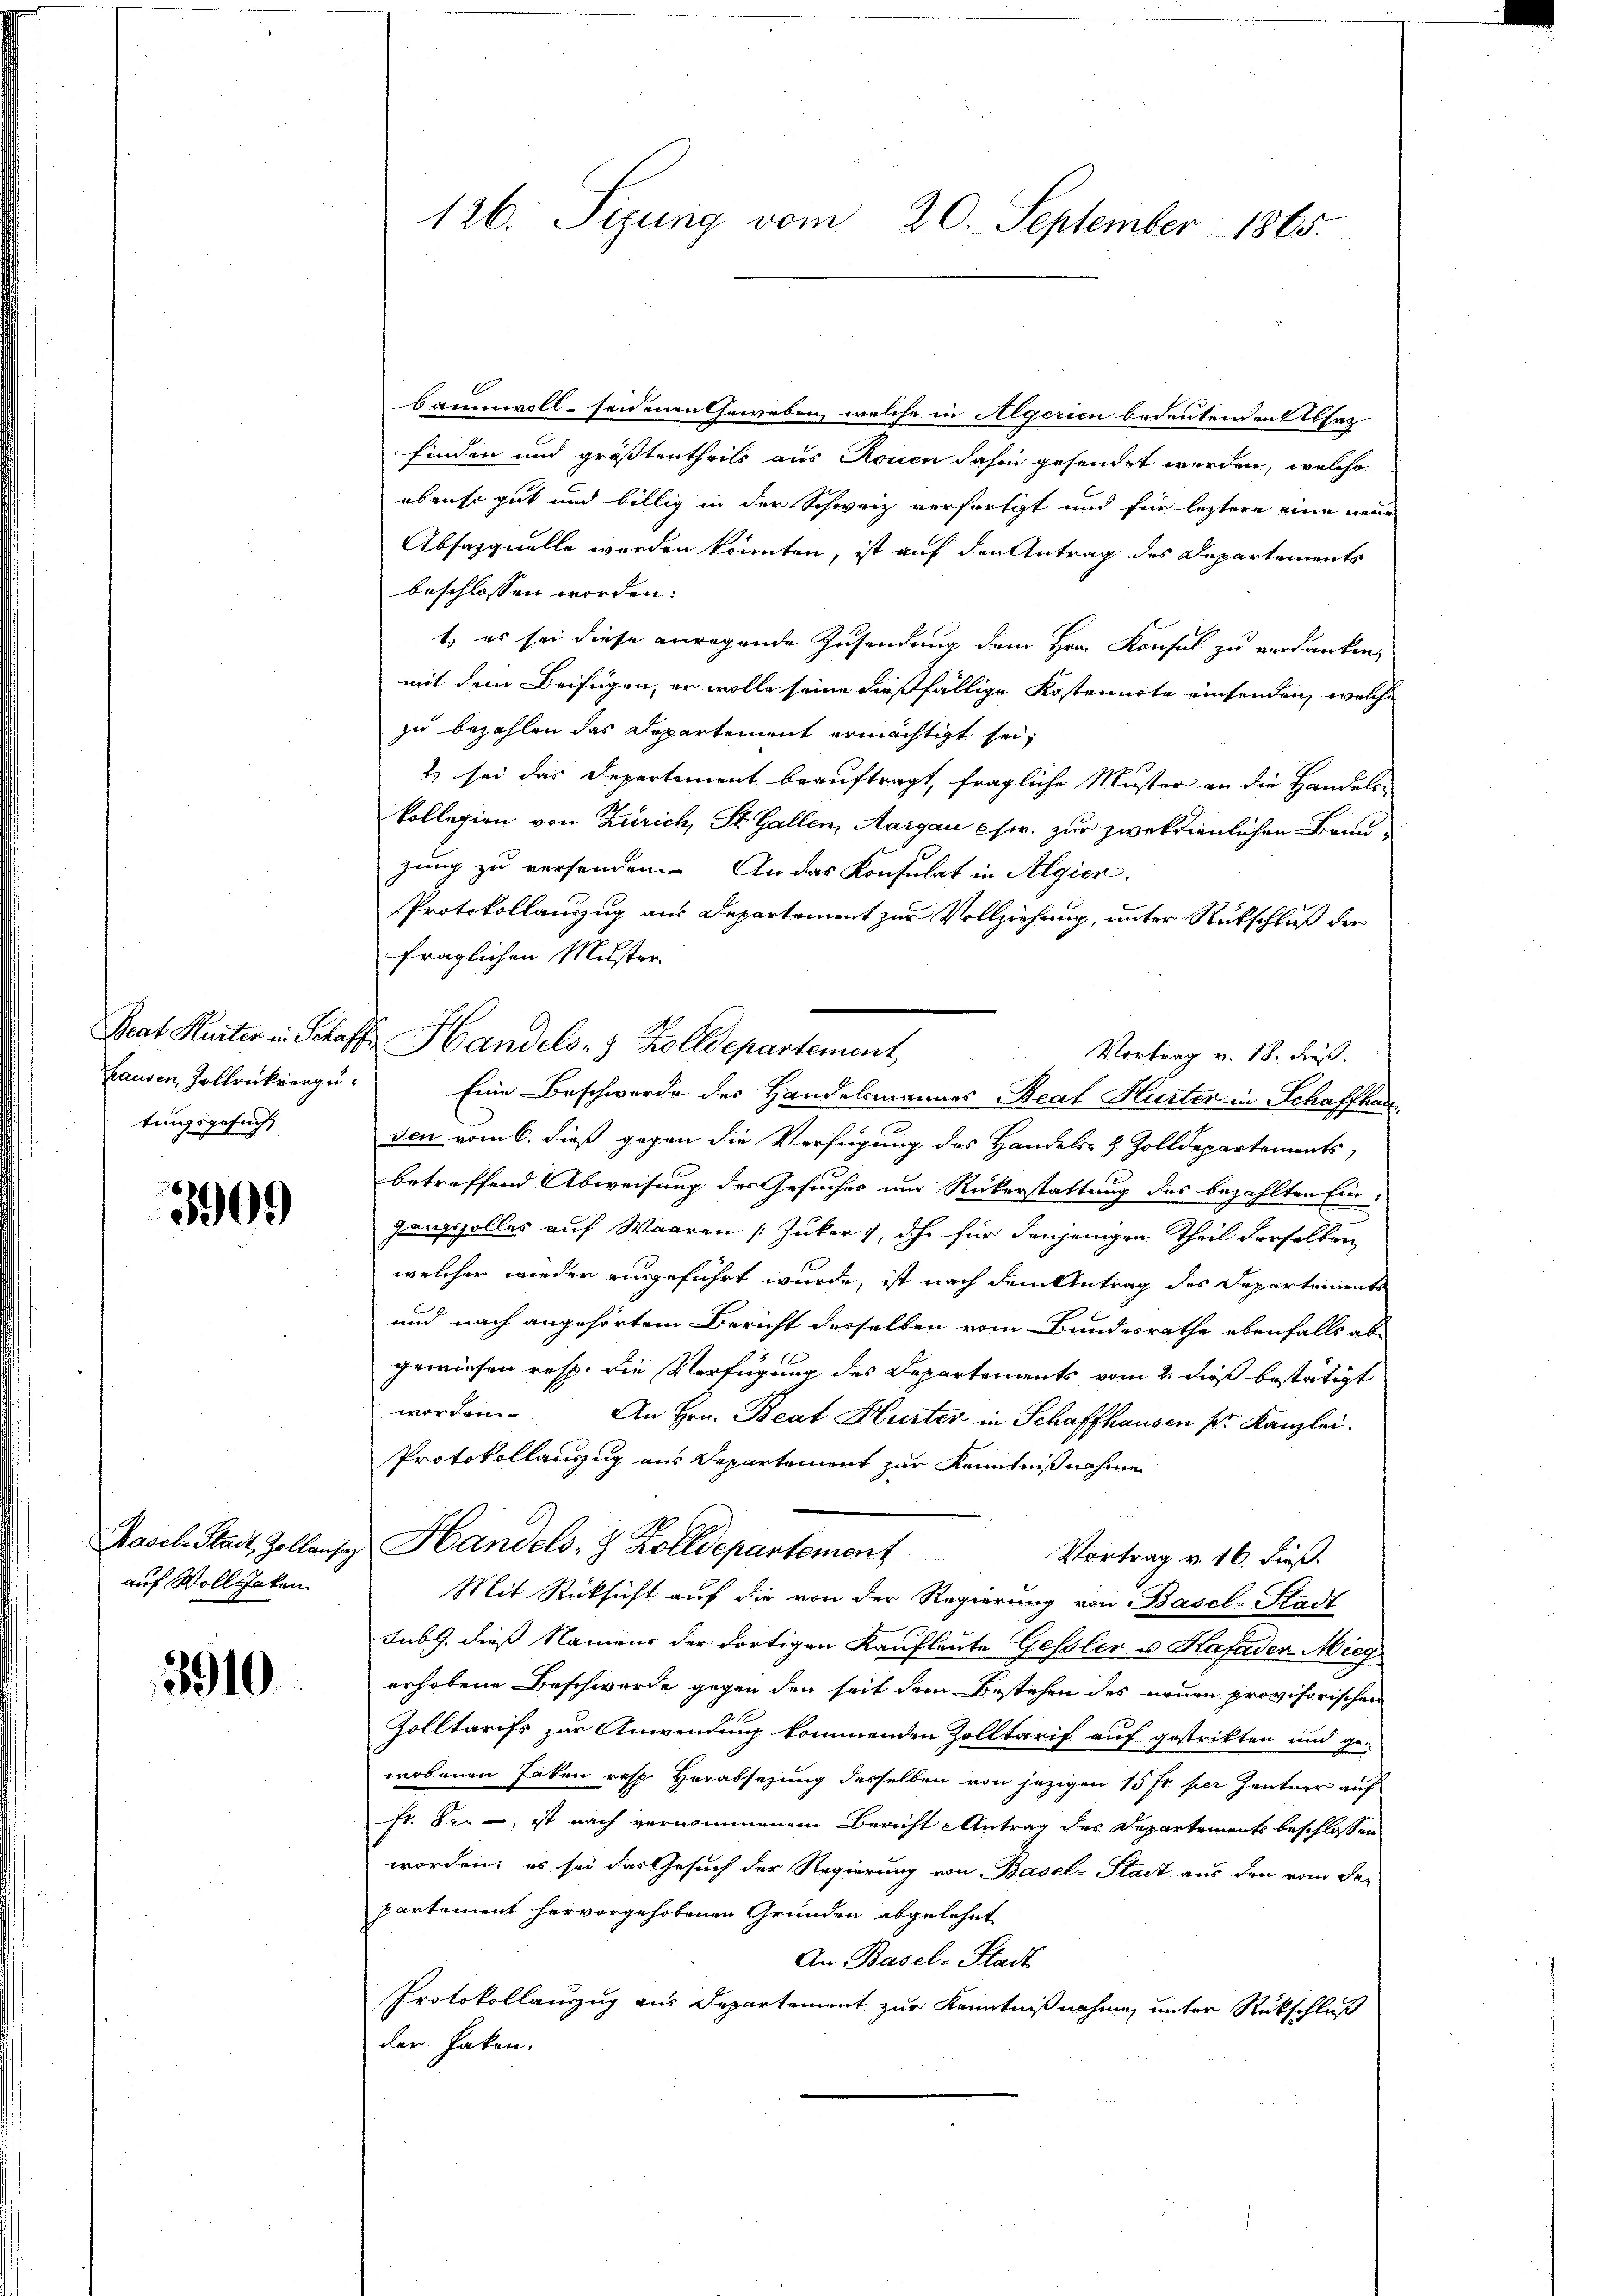
Beat Hurter in Schaf
hausen, Zollrückvergütungsgesucht

3909

Hasch Stadt, Zollansig
auf Wollgaken

3910

126. Sigung vom 20. September 1865.

baumwoll- sondenen Geweben, welche in Algerien bedeutenden Absat
finden und größtentheils aus Rouen dahin gesendet werden, welche
ebenso gut und billig in der Schweiz verfertigt und für leztere eine neue
Absasquelle werden könnten, ist auf den Antrag des Departements
beschlossen worden:
t, es sei diese anregende Zusendung dem Hrn. Konsul zu verdanken,
mit dem Beifügen, er wolle seine dießfällige Kostennote einsenden, welche
zu bezahlen das Departement ermächtigt sei,
2 sei das Departement beauftragt, fragliche Muster an die Handelskollegien von Zürich, St. Gallen, Aargau usw. zur zweckdienlichen Brunzung zu verhanden. An das Konsulat in Algier
Protokollanzzug aus Departement zur Vollziehung, unter Rückschluß der
fraglichen Muster.
 Handels- & Zolldepartement
Vortrag v. 18. Fuß.
Eine Beschwerde des Handelsmannes Beal Hurter in Schaffhau
den vom 6. dieß gegen die Verfügung des Handels- & Zolldepartements,
betreffend Abweisung des Gesuches und Rückerstattung des bezahlten Eingangszolles auf Waaren [Juker), dhr für denjenigen Theil derselben
welcher wieder ausgeführt wurde, ist nach dem Antrag des Departements
und nach angehörtem Bericht desselben vom Bundesrathe ebenfalls abgewiesen resp. die Verfügung des Departements vom 2. dieß bestätigt
worden. An Hrn. Beat Hurter in Schaffhausen pr. Kanzlei.
Protokollauszug aus Departement zur Kenntnißnahmen
Handels- & Zolldepartement
Vortrag v. 16. dieß.
Mit Rücksicht auf die von der Regierung von Basel-Stadt
subg. dieß Namens der dortigen Kaufleute Gessler u. Hafader Mieg
erhobene Beschwerde gegen den seit dem Bestehen des neuen provisorischen
Zolltarifs zur Anwendung kommenden Zolltarif auf gestrikten und ge-
wobenen haben resp. Verabsezung desselben von jezigen 15 fr. per Zentner auf
Fr. Dr. , ist nach vernommenem Bericht Antrag des Departements beschlossen
worden; es sei das Gesuch der Regierung von Basel-Stadt, aus den vom De-
partement hervorgehobenen Gründen abgelehnt
An Basel-Stadt
Protokollauszug aus Departement zur Kenntnißnahme unter Rückschluß
der haben.